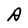
Character: A